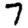
Digit: 7